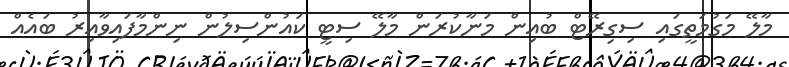
މާލޭ މަގުމަތީގައި ސިގިރޭޓް ބުއިން މަނާކުރަން މާލޭ ސިޓީ ކައުންސިލުން ނިންމާފައިވާއިރު ބައެއް